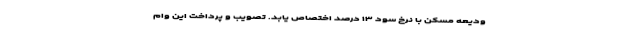
ودیعه مسکن با نرخ سود ۱۳ درصد اختصاص یابد. تصویب و پرداخت این وام